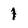
Character: 1